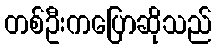
တစ်ဦးကပြောဆိုသည်